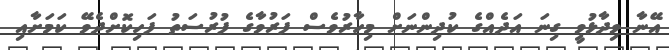
އޭނާ ވިދާޅުވީ ގިނަ އަދެއްގެ ކުދިންނަށް މިހާރުވެސް ފަރުވާގެ ފުރުސަތު ފަހިކޮށްދެވޭ ކަމަށާއި